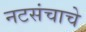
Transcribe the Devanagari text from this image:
नटसंचाचे